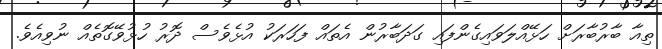
ތިއާ ބާރުބާރަށް ހަޅޭއްލަވައިގެންފައި ގަދަބާރުން އެތައް ފަހަރަކު އުޅެވެސް ދޮރު ހުޅުވޭގޮތެއް ނުވިއެވެ.